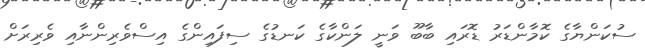
ސުކަންޔާގެ ކޮމާންޑަރު ޑޮރައި ބާބޫ ވަނީ ލަންކާގެ ކަނޑުގެ ސިފައިންގެ އިސްވެރިންނާއި ވެރިރަށް